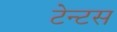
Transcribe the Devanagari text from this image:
टेन्टस